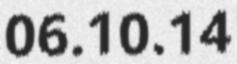
06.10.14